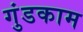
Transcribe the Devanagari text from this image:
गुंडकाम